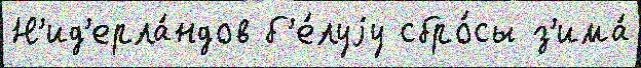
Н'ид'ерла́ндов б'е́луjу сбро́сы з'има́